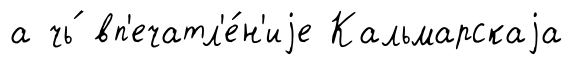
а чь́ вп'ечатл'е́н'иjе Кальмарскаjа